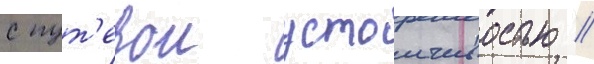
с пут'евои устоичивостью //